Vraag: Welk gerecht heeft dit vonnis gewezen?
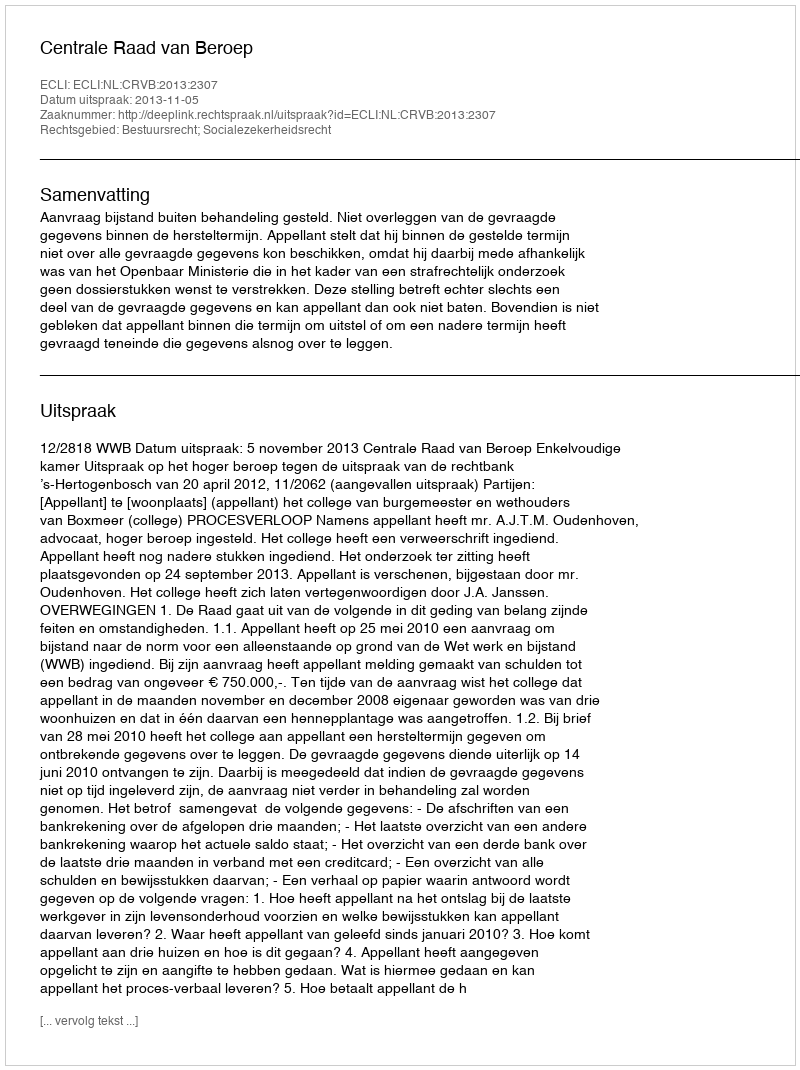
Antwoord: Centrale Raad van Beroep